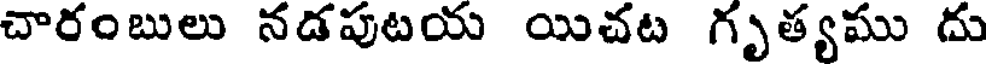
చారంబులు నడపుటయ యిచట గృత్యము దు